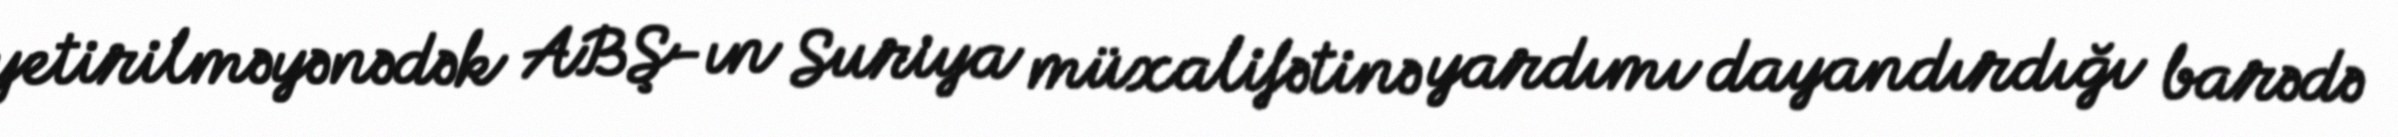
yetirilməyənədək ABŞ-ın Suriya müxalifətinə yardımı dayandırdığı barədə